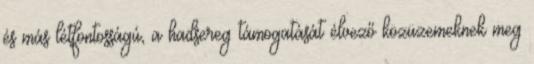
és más létfontosságú, a hadsereg támogatását élvező közüzemeknek meg